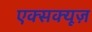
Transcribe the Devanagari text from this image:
एक्सक्यूज़